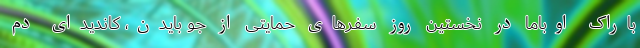
باراک اوباما در نخستین روز سفرهای حمایتی از جو بایدن، کاندیدای دم